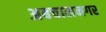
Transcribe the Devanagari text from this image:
अबचालनगर